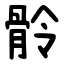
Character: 䯍